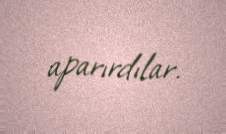
aparırdılar.